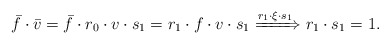
\begin{align*} \bar f\cdot{}\bar v=\bar f\cdot{}r_0\cdot{}v\cdot{}s_1=r_1\cdot{}f\cdot{}v\cdot{}s_1\xRightarrow{r_1\cdot{}\xi\cdot{}s_1}r_1\cdot{}s_1=1.\end{align*}